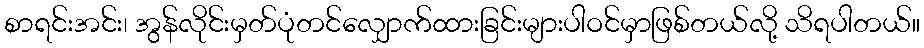
စာရင်းအင်း၊ အွန်လိုင်းမှတ်ပုံတင်လျှောက်ထားခြင်းများပါဝင်မှာဖြစ်တယ်လို့ သိရပါတယ်။